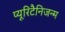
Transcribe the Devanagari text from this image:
प्यूरिटैनिजन्म